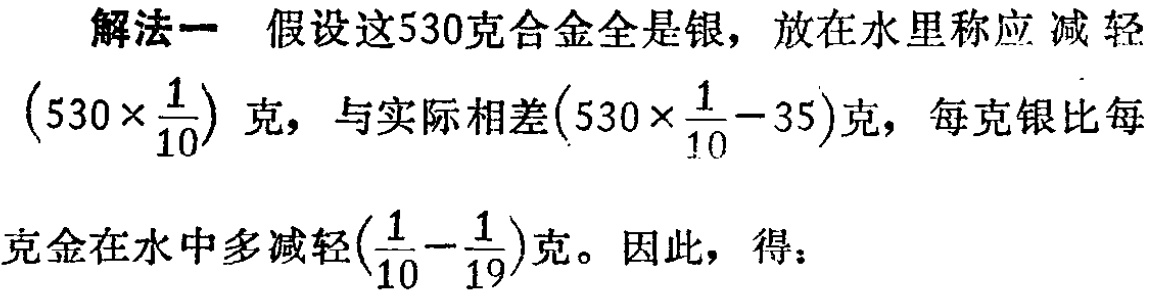
解法一 假设这530克合金全是银，放在水里称应 减 轻\((530\times\frac{1}{10})\)克，与实际相差\((530\times\frac{1}{10}-35)\)克，每克银比每克金在水中多减轻\((\frac{1}{10}-\frac{1}{19})\)克。因此，得：